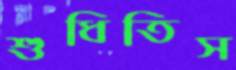
শুধিতিস